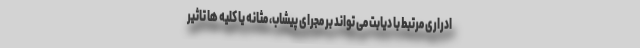
ادراری مرتبط با دیابت می تواند بر مجرای پیشاب، مثانه یا کلیه ها تاثیر